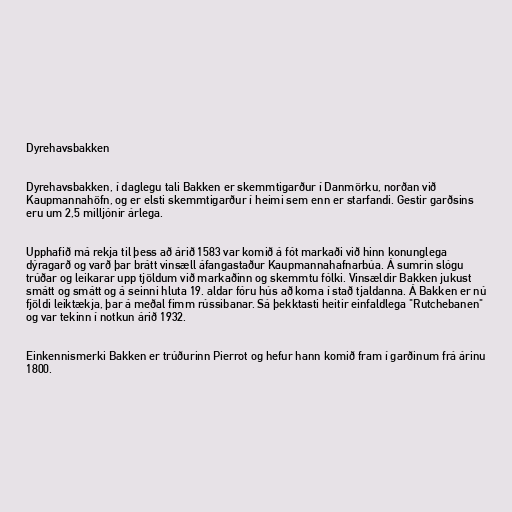
Dyrehavsbakken

Dyrehavsbakken, í daglegu tali Bakken er skemmtigarður í Danmörku, norðan við
Kaupmannahöfn, og er elsti skemmtigarður í heimi sem enn er starfandi. Gestir garðsins
eru um 2,5 milljónir árlega.

Upphafið má rekja til þess að árið 1583 var komið á fót markaði við hinn konunglega
dýragarð og varð þar brátt vinsæll áfangastaður Kaupmannahafnarbúa. Á sumrin slógu
trúðar og leikarar upp tjöldum við markaðinn og skemmtu fólki. Vinsældir Bakken jukust
smátt og smátt og á seinni hluta 19. aldar fóru hús að koma í stað tjaldanna. Á Bakken er nú
fjöldi leiktækja, þar á meðal fimm rússibanar. Sá þekktasti heitir einfaldlega "Rutchebanen"
og var tekinn í notkun árið 1932.

Einkennismerki Bakken er trúðurinn Pierrot og hefur hann komið fram í garðinum frá árinu
1800.